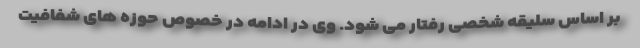
بر اساس سلیقه شخصی رفتار می شود. وی در ادامه در خصوص حوزه های شفافیت